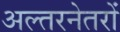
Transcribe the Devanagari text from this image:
अल्तरनेतरों